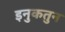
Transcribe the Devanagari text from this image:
इनुकतुन